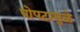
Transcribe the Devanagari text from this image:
पोपटामुळे